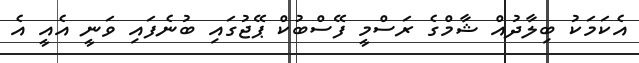
އެކަމަކު ބިލާދުއް ޝާމްގެ ރަސްމީ ފޭސްބުކް ޕޭޖުގައި ބުނެފައި ވަނީ އެއީ އެ